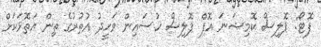
ފޮޓޯ: ޕޮލިސް ކޮމިޝަނަ އޮފް ޕޮލިސް ހުސައިން ވަހީދު އުތުރުގެ ތިން އަތޮޅަކަށް